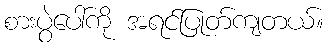
စားပွဲပေါ်ကို အရင်ပြုတ်ကျတယ်။